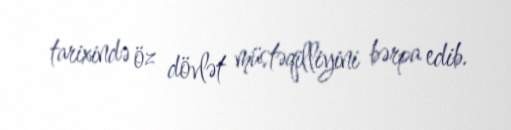
tarixində öz dövlət müstəqilliyini bərpa edib.